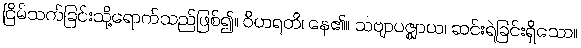
ငြိမ်သက်ခြင်းသို့ရောက်သည်ဖြစ်၍။ ဝိဟရတိ၊ နေ၏။ သဗျာပဇ္ဈာယ၊ ဆင်းရဲခြင်းရှိသော။